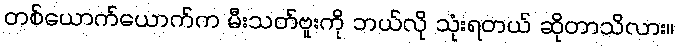
တစ်ယောက်ယောက်က မီးသတ်ဗူးကို ဘယ်လို သုံးရတယ် ဆိုတာသိလား။